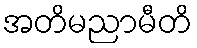
အတိမညာမီတိ